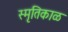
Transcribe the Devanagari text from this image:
स्मृतिकाळ